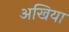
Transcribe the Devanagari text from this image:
अखिया